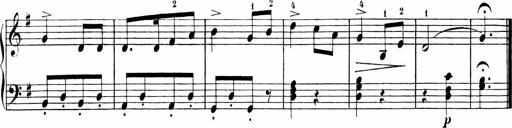
Title: Sonatinen Op.47, 98 und 136, nebst 6 Liedersonatinen
Composer: Carl Reinecke